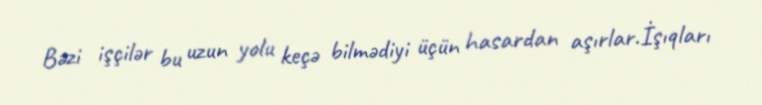
Bəzi işçilər bu uzun yolu keçə bilmədiyi üçün hasardan aşırlar.İşıqları